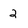
Character: 2